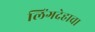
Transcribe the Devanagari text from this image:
लिंगदेहाचा